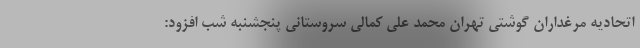
اتحادیه مرغداران گوشتی تهران محمد علی کمالی سروستانی پنجشنبه شب افزود: